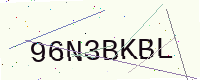
Text: 96N3BKBL